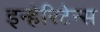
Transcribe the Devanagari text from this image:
इन्हेरिटेन्स